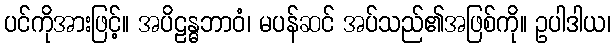
ပင်ကိုအားဖြင့်။ အပိဠန္ဓဘာဝံ၊ မပန်ဆင် အပ်သည်၏အဖြစ်ကို။ ဥပါဒါယ၊